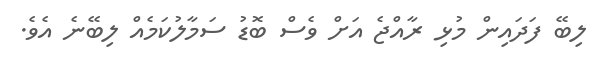
ލިބޭ ފަދައިން މުޅި ރާއްޖެ އަށް ވެސް ބޮޑު ސަމާލުކަމެއް ލިބޭނެ އެވެ.